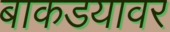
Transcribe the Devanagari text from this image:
बाकडयावर